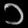
Digit: ၁